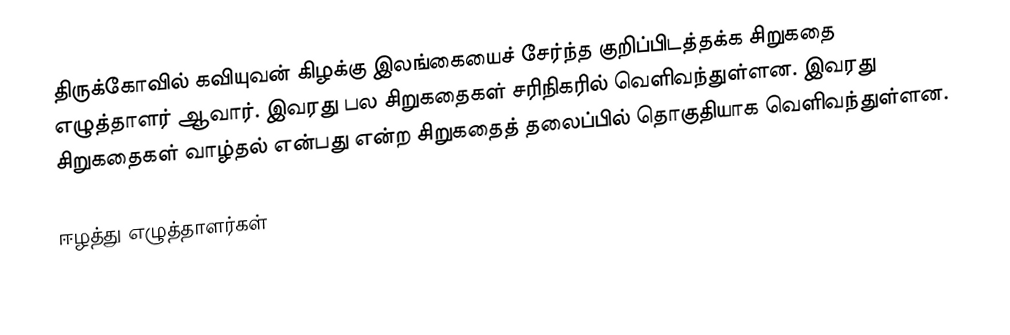
திருக்கோவில் கவியுவன் கிழக்கு இலங்கையைச் சேர்ந்த குறிப்பிடத்தக்க சிறுகதை எழுத்தாளர் ஆவார். இவரது பல சிறுகதைகள் சரிநிகரில் வெளிவந்துள்ளன. இவரது சிறுகதைகள் வாழ்தல் என்பது என்ற சிறுகதைத் தலைப்பில் தொகுதியாக வெளிவந்துள்ளன.

ஈழத்து எழுத்தாளர்கள்